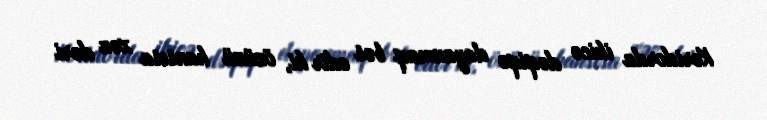
Koridorda ikicə dəqiqə dayanmaq bəs edir ki, özünü hansısa xəz dəri